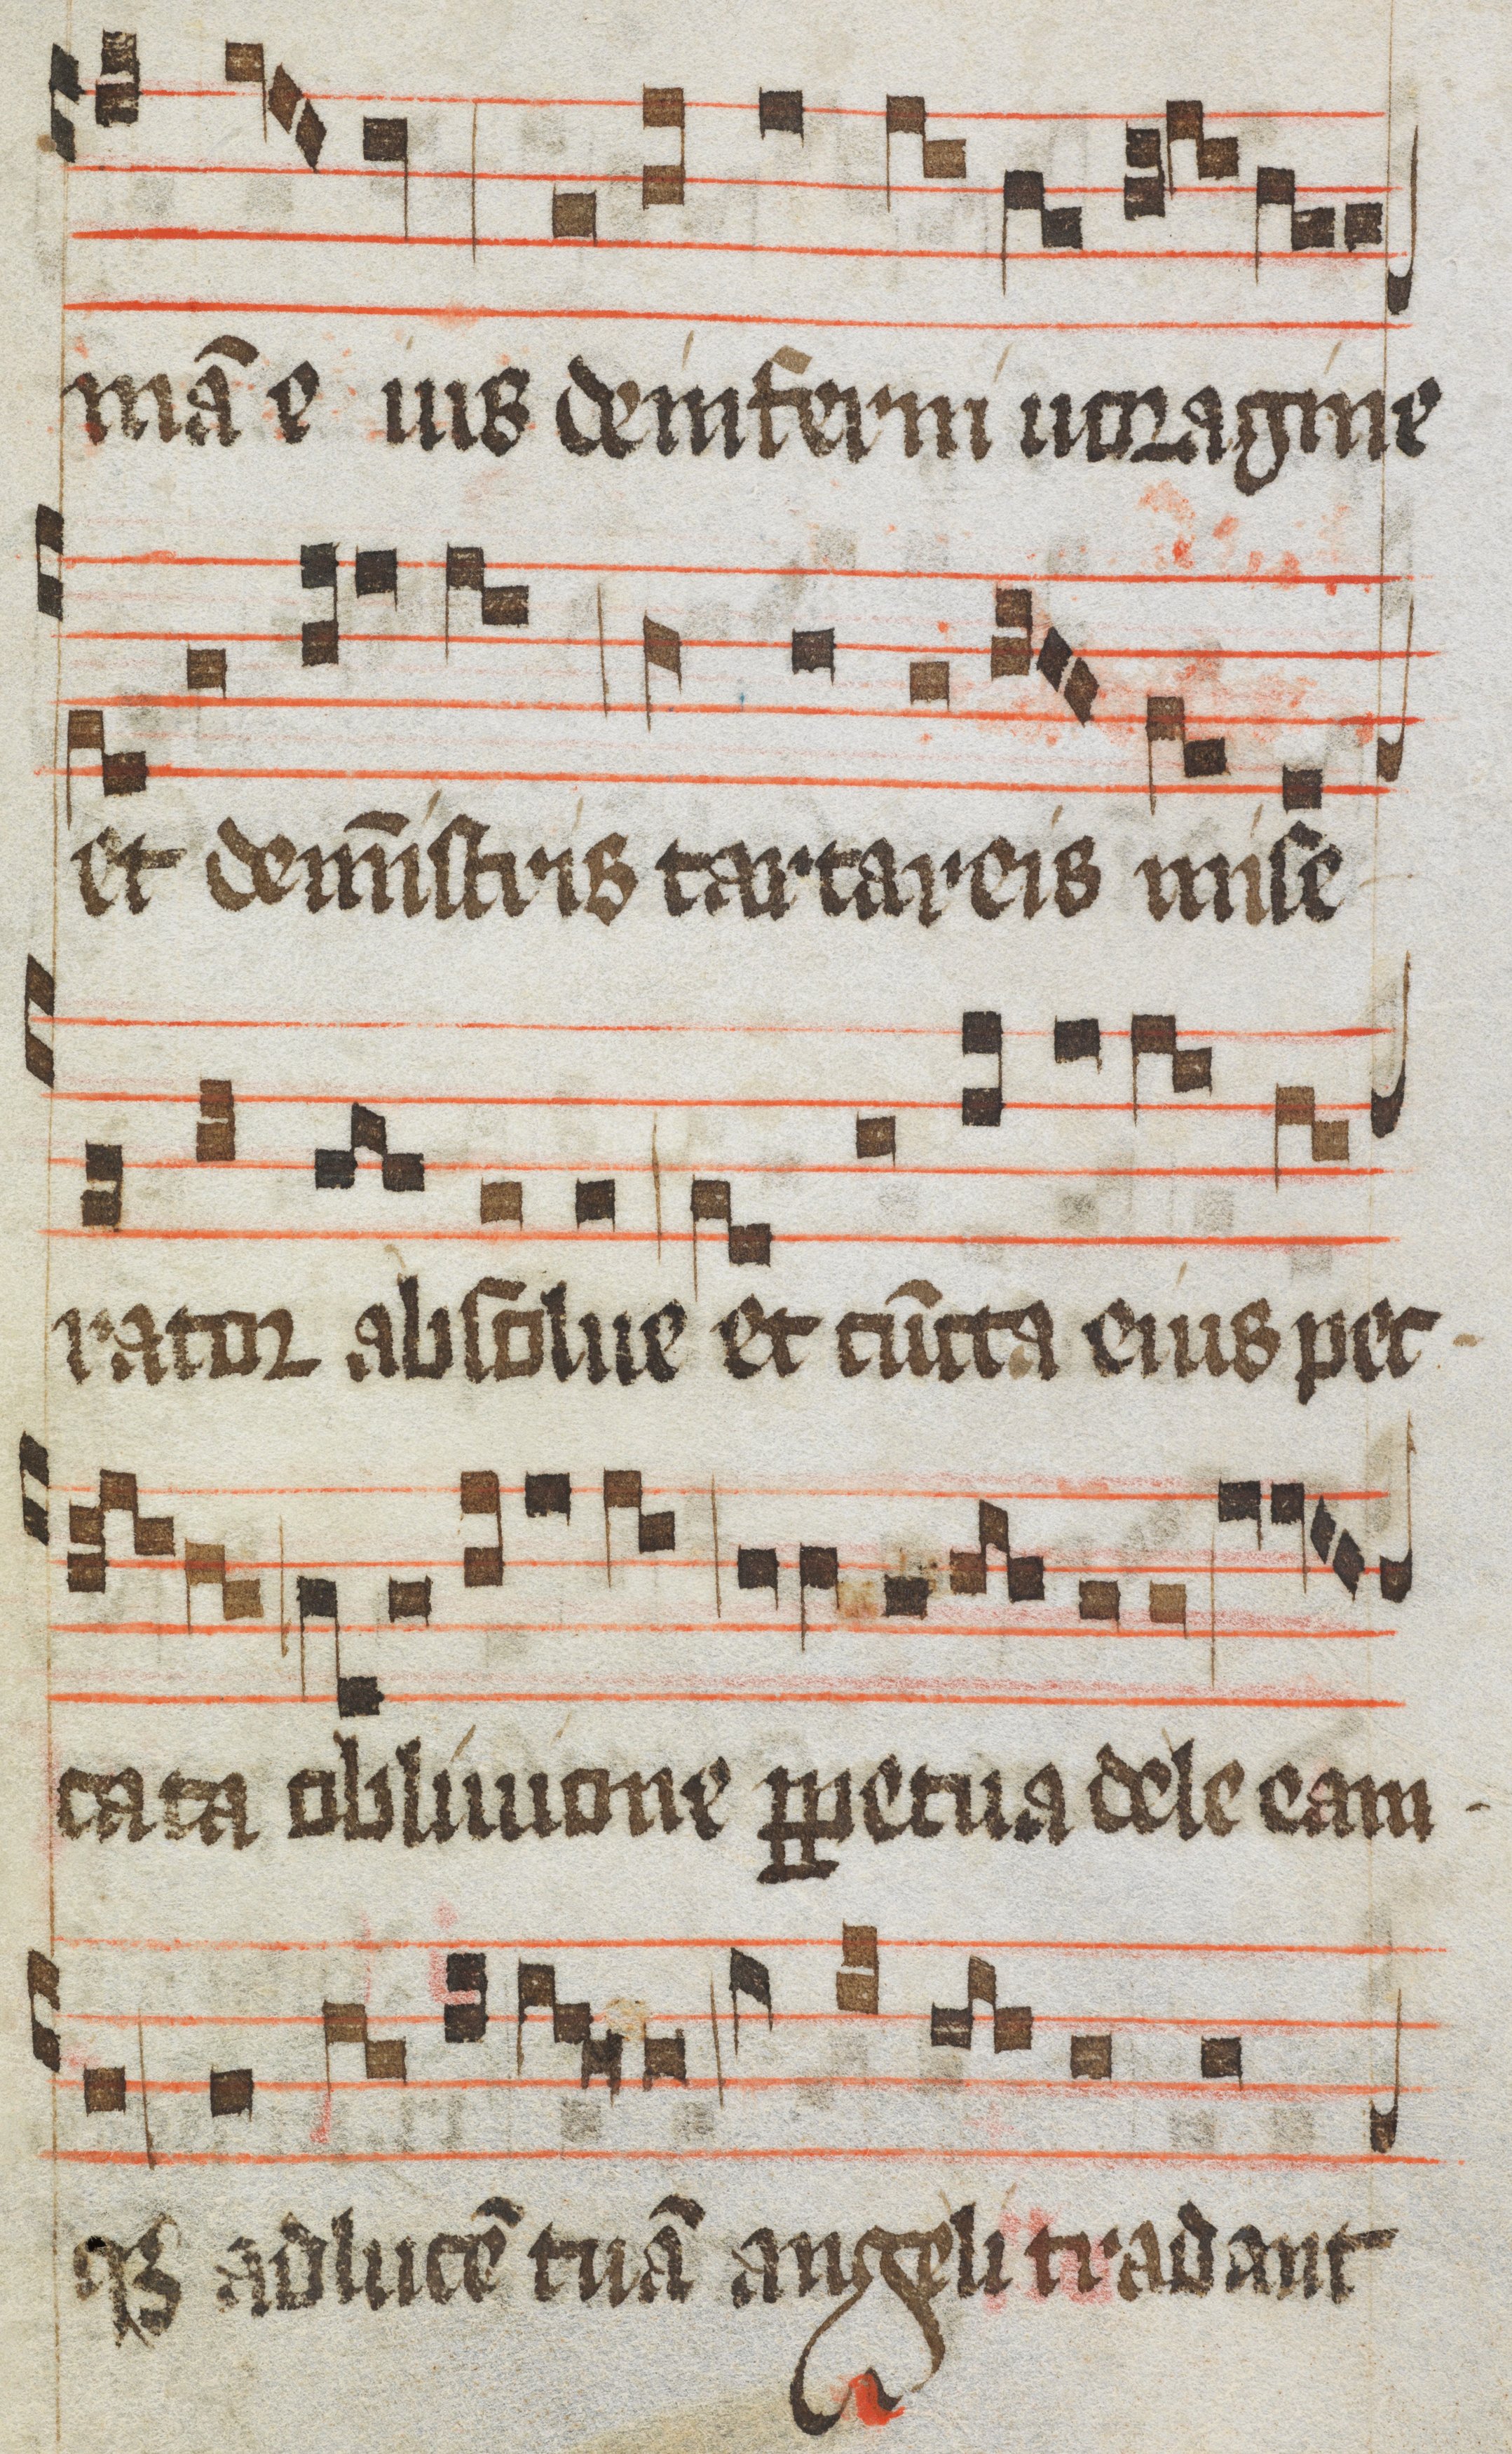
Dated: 1484–1487